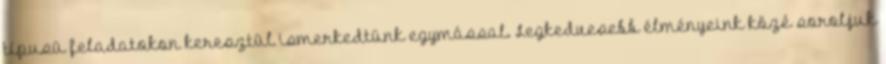
típusú feladatokon keresztül ismerkedtünk egymással. Legkedvesebb élményeink közé soroljuk